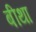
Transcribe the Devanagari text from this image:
बीथा